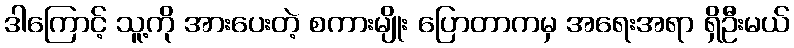
ဒါကြောင့် သူ့ကို အားပေးတဲ့ စကားမျိုး ပြောတာကမှ အရေးအရာ ရှိဦးမယ်